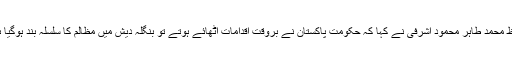
حافظ محمد طاہر محمود اشرفی نے کہا کہ حکومت پاکستان نے بروقت اقدامات اٹھائے ہوتے تو بنگلہ دیش میں مظالم کا سلسلہ بند ہوگیا ہوتا۔